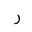
Letter: _ra